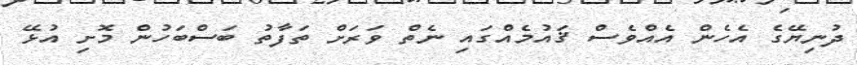
ދުނިޔޭގެ އެހެން އެއްވެސް ޤައުމެއްގައި ނެތް ވަރަށް ތަފާތު ބަސްބަހުން މޮށި އުޅޭ